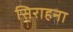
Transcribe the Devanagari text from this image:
सिराहना